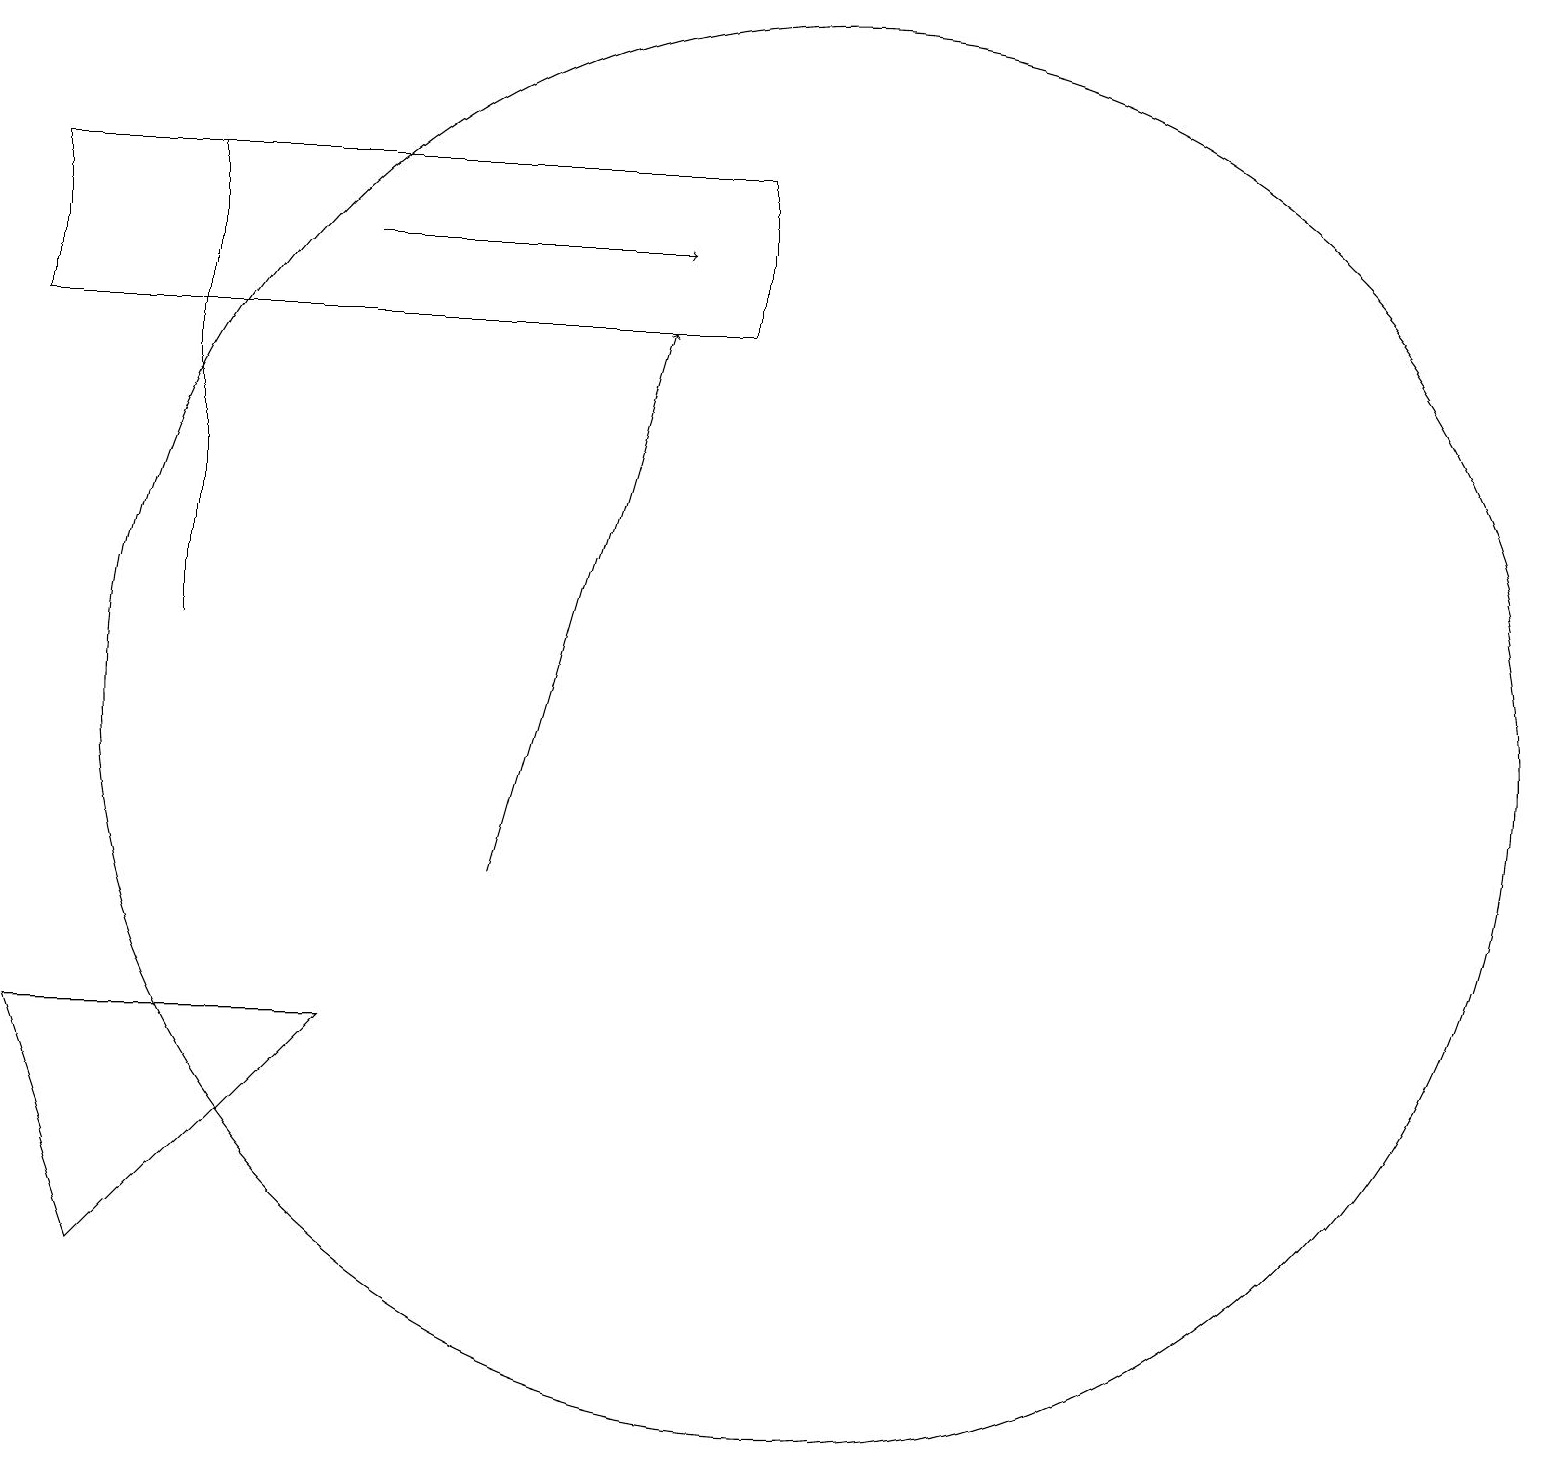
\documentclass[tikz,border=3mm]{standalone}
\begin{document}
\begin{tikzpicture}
\draw[->] (4,18) -- (8,18);
\draw (2,13) rectangle (2,19);
\draw (10,12) circle (9);
\draw[->] (6,10) -- (8,17);
\draw (4,8) -- (0,8) -- (1,5) -- cycle;
\draw (0,19) rectangle (9,17);
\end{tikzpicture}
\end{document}